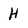
Character: H